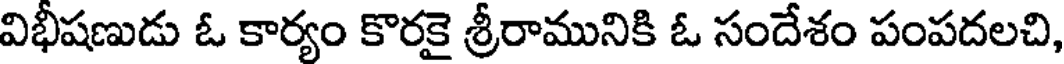
విభీషణుడు ఓ కార్యం కొరకై శ్రీరామునికి ఓ సందేశం పంపదలచి,